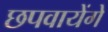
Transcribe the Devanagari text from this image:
छपवायेंगे